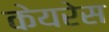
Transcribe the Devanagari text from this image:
केयरेस